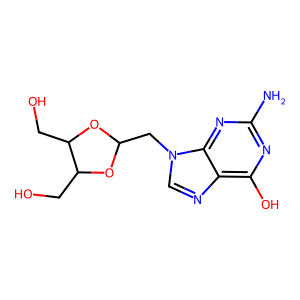
SMILES: Nc1nc(O)c2ncn(CC3OC(CO)C(CO)O3)c2n1
Inhibits HIV replication: No